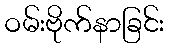
ဝမ်းဗိုက်နာခြင်း